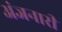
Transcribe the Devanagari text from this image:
अंजनारी